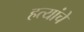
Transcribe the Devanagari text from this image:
हत्यांचे